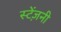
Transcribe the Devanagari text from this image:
स्टेंज़नी